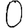
Digit: 0